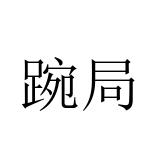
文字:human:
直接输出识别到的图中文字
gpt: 踠局